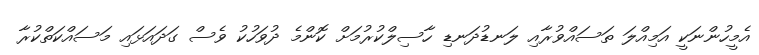
އެމީހުންނަކީ އަމިއްލަ ތަސައްވުރާއި ލަނޑުދަނޑި ހާސިލްކުރުމަށް ކޮންމެ ދުވަހުކު ވެސް ގަދައަޅައި މަސައްކަތްކުރާ